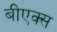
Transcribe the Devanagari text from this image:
बीएक्स